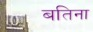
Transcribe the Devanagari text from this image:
बतिना